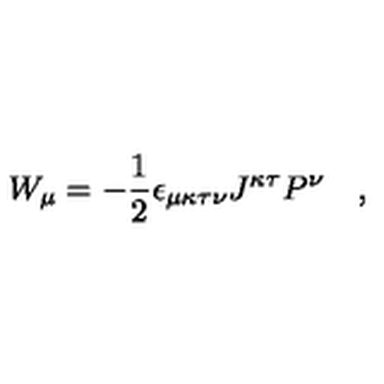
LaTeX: W _ { \mu } = - { \frac { 1 } { 2 } } \epsilon _ { \mu \kappa \tau \nu } J ^ { \kappa \tau } P ^ { \nu } \quad ,